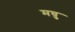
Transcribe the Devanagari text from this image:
मघु